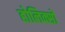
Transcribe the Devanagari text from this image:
होलिक्सों